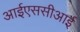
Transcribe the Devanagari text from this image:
आईएससीआई